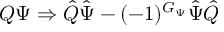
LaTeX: Q \Psi \Rightarrow \hat { Q } \hat { \Psi } - ( - 1 ) ^ { G _ { \Psi } } \hat { \Psi } \hat { Q }